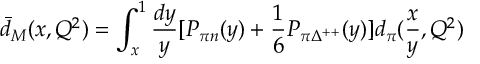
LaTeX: \bar { d } _ { M } ( x , Q ^ { 2 } ) = \int _ { x } ^ { 1 } \frac { d y } { y } [ P _ { \pi n } ( y ) + \frac { 1 } { 6 } P _ { \pi \Delta ^ { + + } } ( y ) ] d _ { \pi } ( \frac { x } { y } , Q ^ { 2 } )